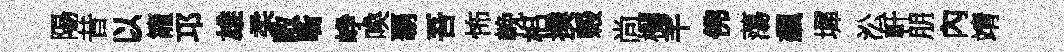
陽昔以籠邛雄柔敞㗸峥喚覇吾怖輓梠撲榖尚欄芊佛蕩飆墀㳂軒朋內靖